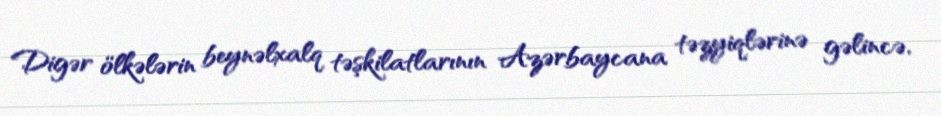
Digər ölkələrin beynəlxalq təşkilatlarının Azərbaycana təzyiqlərinə gəlincə,